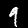
Digit: 9